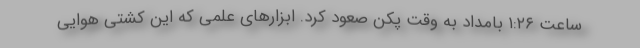
ساعت ۱:۲۶ بامداد به وقت پکن صعود کرد. ابزارهای علمی که این کشتی هوایی